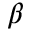
\beta